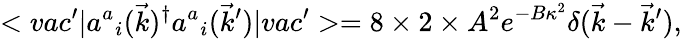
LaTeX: <vac^{\prime}|{a^{a}}_{i}(\vec{k})^{\dagger}{a^{a}}_{i}(\vec{k}^{\prime})|vac^{\prime}>=8\times 2\times A^{2}e^{-B\kappa^{2}}\delta(\vec{k}-\vec{k}^{\prime}),